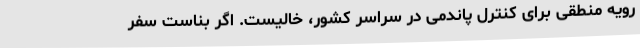
رویه منطقی برای کنترل پاندمی در سراسر کشور، خالیست. اگر بناست سفر